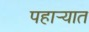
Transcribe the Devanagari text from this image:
पहार्‍यात